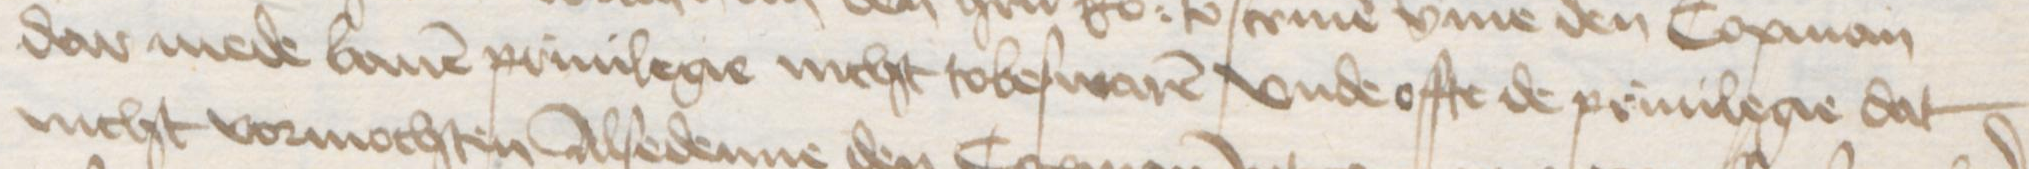
dar mede bauen priuilegie nicht tobeswaren vnde offte de priuilegie dat